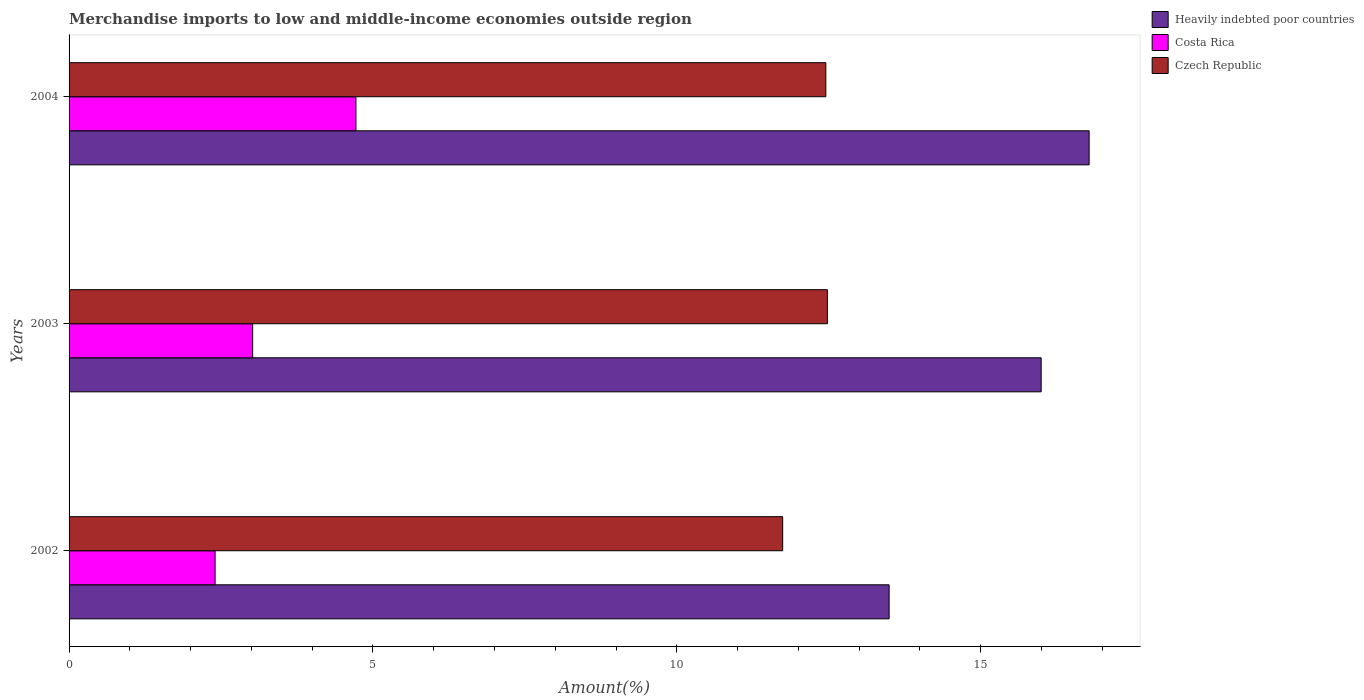
| Years | Heavily indebted poor countries | Costa Rica | Czech Republic |
 | --- | --- | --- | --- |
 | 2002 | 13.5 | 2.4 | 11.7 |
 | 2003 | 16 | 3.02 | 12.5 |
 | 2004 | 16.8 | 4.72 | 12.5 |